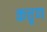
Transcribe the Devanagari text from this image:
कत्तृण